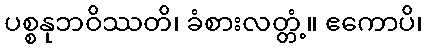
ပစ္စနုဘဝိဿတိ၊ ခံစားလတ္တံ့။ ဧကောပိ၊